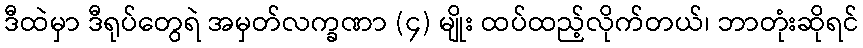
ဒီထဲမှာ ဒီရုပ်တွေရဲ အမှတ်လက္ခဏာ (၄) မျိုး ထပ်ထည့်လိုက်တယ်၊ ဘာတုံးဆိုရင်